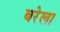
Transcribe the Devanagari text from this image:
बरेला